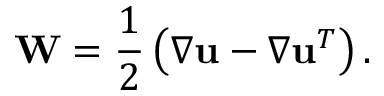
\mathbf { W } = \frac { 1 } { 2 } \left( \nabla \mathbf { u } - \nabla \mathbf { u } ^ { T } \right) .